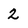
Character: 2